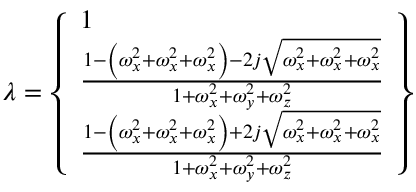
\lambda = \left\{ \begin{array} { l } { 1 } \\ { \frac { 1 - \left( \omega _ { x } ^ { 2 } + \omega _ { x } ^ { 2 } + \omega _ { x } ^ { 2 } \right) - 2 j \sqrt { \omega _ { x } ^ { 2 } + \omega _ { x } ^ { 2 } + \omega _ { x } ^ { 2 } } } { 1 + \omega _ { x } ^ { 2 } + \omega _ { y } ^ { 2 } + \omega _ { z } ^ { 2 } } } \\ { \frac { 1 - \left( \omega _ { x } ^ { 2 } + \omega _ { x } ^ { 2 } + \omega _ { x } ^ { 2 } \right) + 2 j \sqrt { \omega _ { x } ^ { 2 } + \omega _ { x } ^ { 2 } + \omega _ { x } ^ { 2 } } } { 1 + \omega _ { x } ^ { 2 } + \omega _ { y } ^ { 2 } + \omega _ { z } ^ { 2 } } } \end{array} \right\}